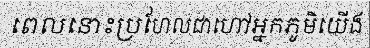
ពេលនោះប្រហែលជាហៅអ្នកភូមិយើង